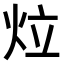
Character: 𤇥